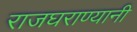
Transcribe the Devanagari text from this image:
राजघराण्यानी